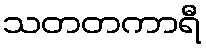
သတတကာရီ